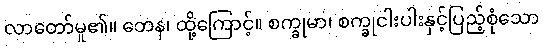
လာတော်မူ၏။ တေန၊ ထို့ကြောင့်။ စက္ခုမာ၊ စက္ခုငါးပါးနှင့်ပြည့်စုံသော